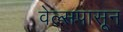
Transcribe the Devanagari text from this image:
वेल्सपासून